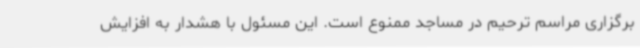
برگزاری مراسم ترحیم در مساجد ممنوع است. این مسئول با هشدار به افزایش